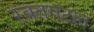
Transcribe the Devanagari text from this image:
रक्तगटात